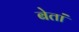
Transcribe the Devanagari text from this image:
बेतां